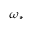
\omega _ { * }